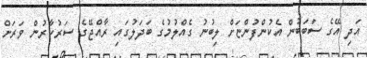
އަދި އޭގެ ސަބަބުން އެކުންފުންޏަށް ލިބުނު ގެއްލުމުގެ ބަދަލުގައި ރާއްޖޭގެ ސަރުކާރުން ވަރަށް